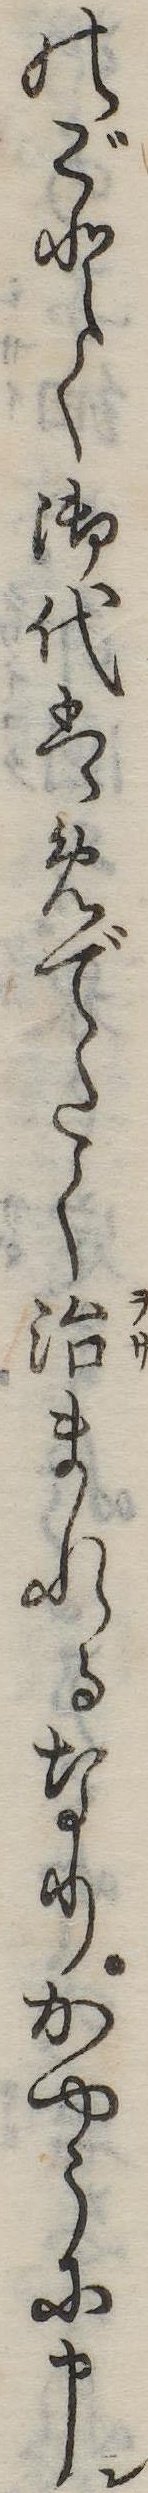
のごとく御代はめでたく治まれるなりかやうに申